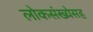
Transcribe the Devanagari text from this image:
लोकसंख्येसह